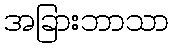
အခြားဘာသာ